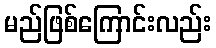
မည်ဖြစ်ကြောင်းလည်း